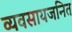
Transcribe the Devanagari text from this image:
व्यवसायजनित